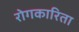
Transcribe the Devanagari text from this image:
रोगकारिता